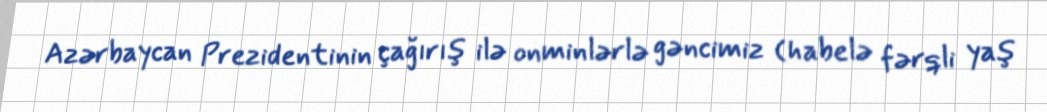
Azərbaycan Prezidentinin çağırış ilə onminlərlə gəncimiz (habelə fərqli yaş